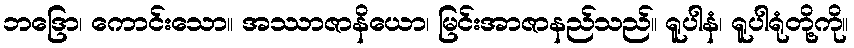
ဘဒြော၊ ကောင်းသော။ အဿာဇာနိယော၊ မြင်းအာဇာနည်သည်။ ရူပါနံ၊ ရူပါရုံတို့ကို။